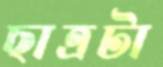
ছাত্রটা